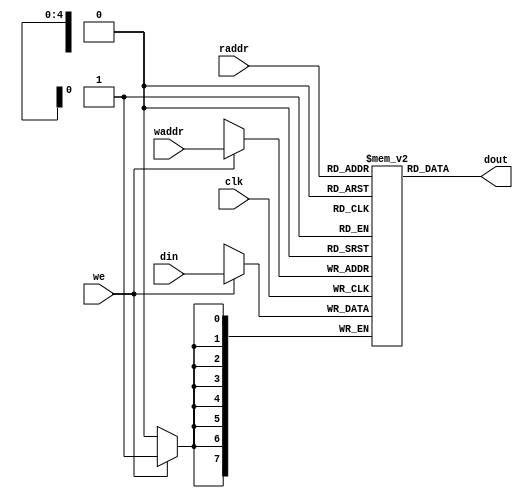
/*
    history_ram: standard 2x16 ROM that is used by history_keeper to store
                 the input/output history of the machine.
*/
module history_ram (input clk,
                    input [4:0] raddr,
                    input [7:0] din,
                    input [4:0] waddr,
                    input we,
                    output [7:0] dout);
    
    reg [7:0] m [0:31];
    
    always@(posedge clk)
        if (we)
            m[waddr] <= din;
    
    assign dout = m[raddr];
    
    initial begin
        // Line 1
        m[8'h00] = " ";
        m[8'h01] = " ";
        m[8'h02] = " ";
        m[8'h03] = " ";
        m[8'h04] = " ";
        m[8'h05] = " ";
        m[8'h06] = " ";
        m[8'h07] = " ";
        m[8'h08] = " ";
        m[8'h09] = " ";
        m[8'h0a] = " ";
        m[8'h0b] = " ";
        m[8'h0c] = " ";
        m[8'h0d] = " ";
        m[8'h0e] = " ";
        m[8'h0f] = " ";
        // Line 2
        m[8'h10] = " ";
        m[8'h11] = " ";
        m[8'h12] = " ";
        m[8'h13] = " ";
        m[8'h14] = " ";
        m[8'h15] = " ";
        m[8'h16] = " ";
        m[8'h17] = " ";
        m[8'h18] = " ";
        m[8'h19] = " ";
        m[8'h1a] = " ";
        m[8'h1b] = " ";
        m[8'h1c] = " ";
        m[8'h1d] = " ";
        m[8'h1e] = " ";
        m[8'h1f] = " ";
    end
    
endmodule